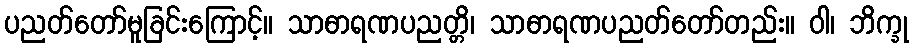
ပညတ်တော်မူခြင်းကြောင့်။ သာဓာရဏပညတ္တိ၊ သာဓာရဏပညတ်တော်တည်း။ ဝါ၊ ဘိက္ခု